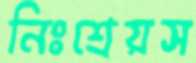
নিঃশ্রেয়স